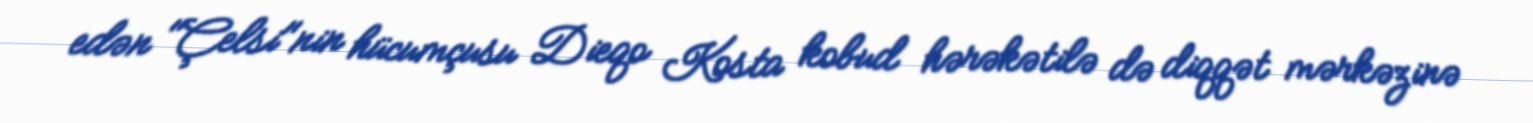
edən "Çelsi"nin hücumçusu Dieqo Kosta kobud hərəkətilə də diqqət mərkəzinə